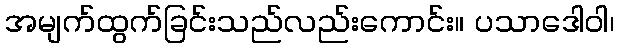
အမျက်ထွက်ခြင်းသည်လည်းကောင်း။ ပသာဒေါဝါ၊